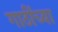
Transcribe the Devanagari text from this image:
गाठींच्या